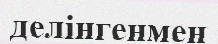
делінгенмен